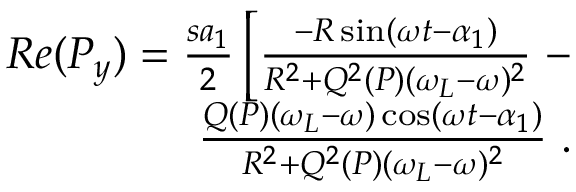
\begin{array} { r } { ~ R e ( P _ { y } ) = \frac { s a _ { 1 } } { 2 } \left[ \frac { - R \sin ( \omega t - \alpha _ { 1 } ) } { R ^ { 2 } + Q ^ { 2 } ( P ) ( \omega _ { L } - \omega ) ^ { 2 } } \right. - } \\ { \left. \frac { Q ( P ) ( \omega _ { L } - \omega ) \cos ( \omega t - \alpha _ { 1 } ) } { R ^ { 2 } + Q ^ { 2 } ( P ) ( \omega _ { L } - \omega ) ^ { 2 } } \right. . } \end{array}